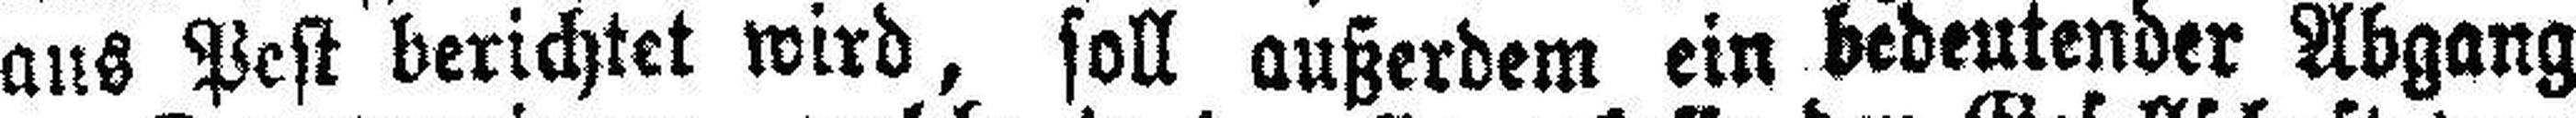
aus Pest berichtet wird, soll außerdem ein bedeutender Abgang